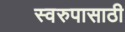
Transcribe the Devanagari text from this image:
स्वरुपासाठी